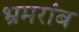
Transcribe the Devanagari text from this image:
भ्रमरांब